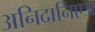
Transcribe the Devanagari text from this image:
अनिदानिएअ